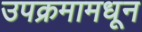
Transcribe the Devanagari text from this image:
उपक्रमामधून